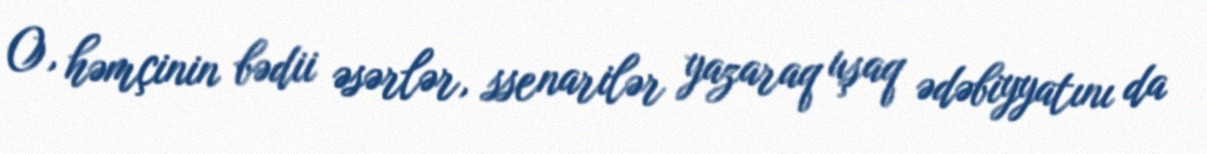
O, həmçinin bədii əsərlər, ssenarilər yazaraq uşaq ədəbiyyatını da